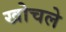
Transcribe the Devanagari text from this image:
खोचले